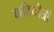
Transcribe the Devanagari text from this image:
कवियीत्री